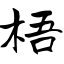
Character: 梧